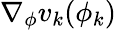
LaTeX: \nabla_{\phi}v_{k}(\phi_{k})